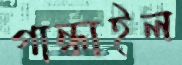
গান্ধাইল